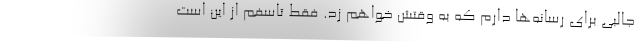
جالبی برای رسانه‌ها دارم که به وقتش خواهم زد. فقط تاسفم از این است